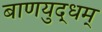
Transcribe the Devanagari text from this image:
बाणयुद्धम्